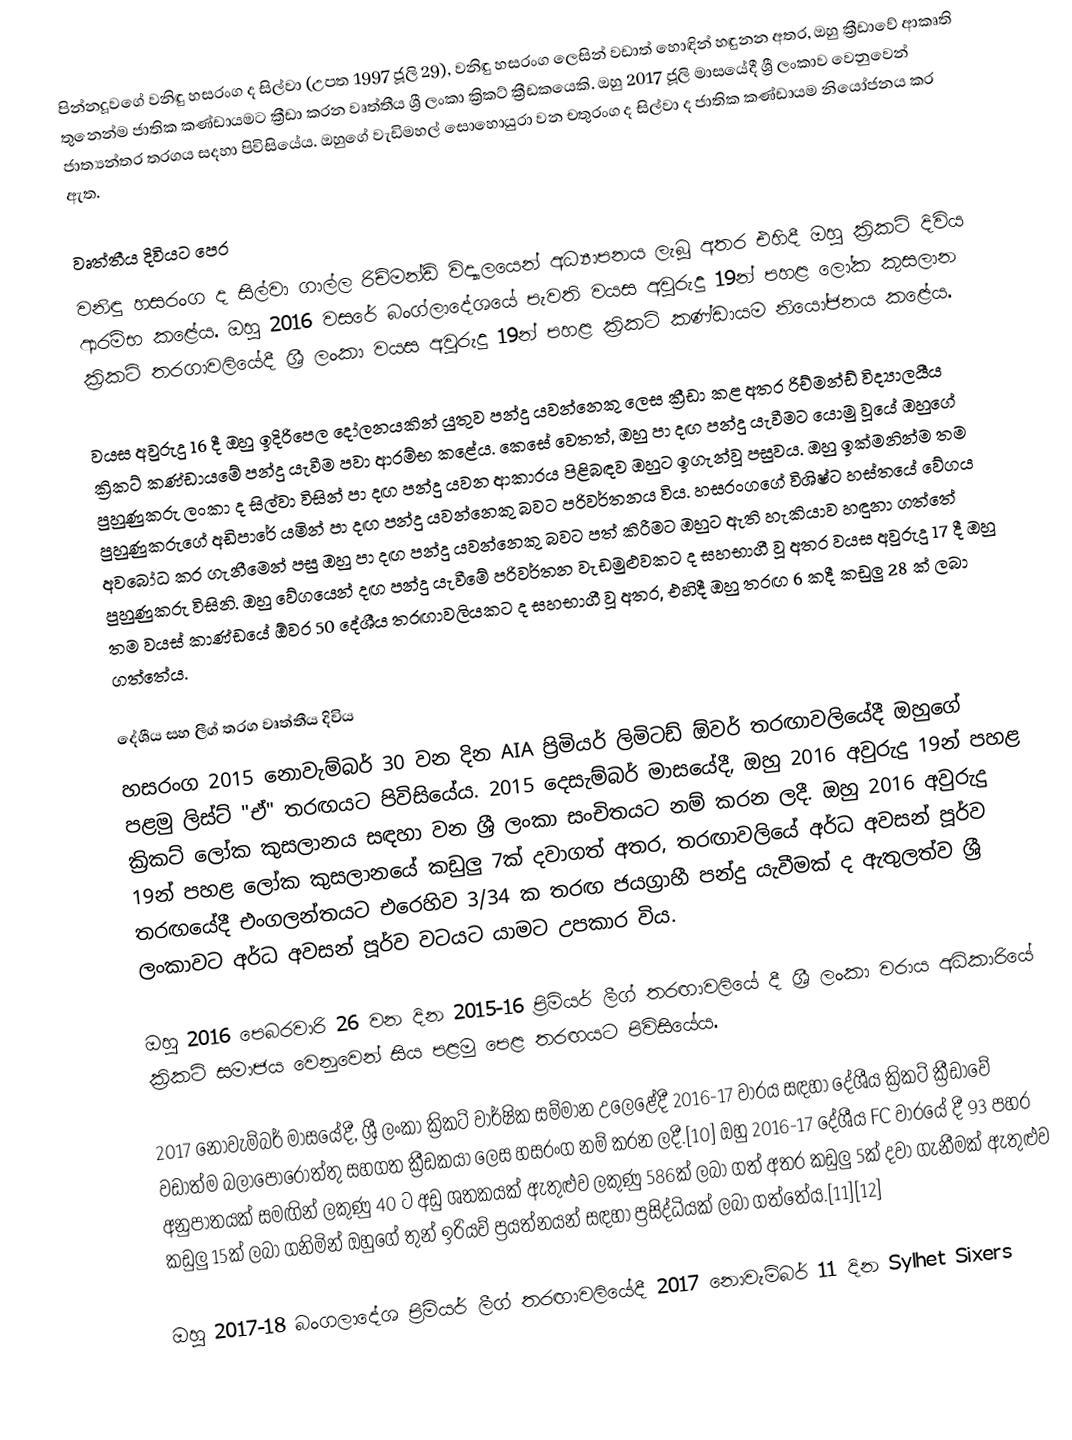
පින්නදූවගේ වනිඳු හසරංග ද සිල්වා (උපත 1997 ජූලි 29), වනිඳු හසරංග ලෙසින් වඩාත් හොඳින් හඳුනන අතර, ඔහු ක්‍රීඩාවේ ආකෘති තුනෙන්ම ජාතික කණ්ඩායමට ක්‍රීඩා කරන වෘත්තීය ශ්‍රී ලංකා ක්‍රිකට් ක්‍රීඩකයෙකි. ඔහු 2017 ජූලි මාසයේදී ශ්‍රී ලංකාව වෙනුවෙන් ජාත්‍යන්තර තරගය සදහා පිවිසියේය. ඔහුගේ වැඩිමහල් සොහොයුරා වන චතුරංග ද සිල්වා ද ජාතික කණ්ඩායම නියෝජනය කර ඇත.

වෘත්තීය දිවියට පෙර
වනිඳු හසරංග ද සිල්වා ගාල්ල රිච්මන්ඩ් විද්‍යාලයෙන් අධ්‍යාපනය ලැබූ අතර එහිදී ඔහු ක්‍රිකට් දිවිය ආරම්භ කළේය. ඔහු 2016 වසරේ බංග්ලාදේශයේ පැවති වයස අවුරුදු 19න් පහළ ලෝක කුසලාන ක්‍රිකට් තරගාවලියේදී ශ්‍රී ලංකා වයස අවුරුදු 19න් පහළ ක්‍රිකට් කණ්ඩායම නියෝජනය කළේය.

වයස අවුරුදු 16 දී ඔහු ඉදිරිපෙල දෝලනයකින් යුතුව පන්දු යවන්නෙකු ලෙස ක්‍රීඩා කළ අතර රිච්මන්ඩ් විද්‍යාලයීය ක්‍රිකට් කණ්ඩායමේ පන්දු යැවීම පවා ආරම්භ කළේය. කෙසේ වෙතත්, ඔහු පා දඟ පන්දු යැවීමට යොමු වූයේ ඔහුගේ පුහුණුකරු ලංකා ද සිල්වා විසින් පා දඟ පන්දු යවන ආකාරය පිළිබඳව ඔහුට ඉගැන්වූ පසුවය. ඔහු ඉක්මනින්ම තම පුහුණුකරුගේ අඩිපාරේ යමින් පා දඟ පන්දු යවන්නෙකු බවට පරිවර්තනය විය. හසරංගගේ විශිෂ්ට හස්තයේ වේගය අවබෝධ කර ගැනීමෙන් පසු ඔහු පා දඟ පන්දු යවන්නෙකු බවට පත් කිරීමට ඔහුට ඇති හැකියාව හඳුනා ගත්තේ පුහුණුකරු විසිනි. ඔහු වේගයෙන් දඟ පන්දු යැවීමේ පරිවර්තන වැඩමුළුවකට ද සහභාගී වූ අතර වයස අවුරුදු 17 දී ඔහු තම වයස් කාණ්ඩයේ ඕවර 50 දේශීය තරඟාවලියකට ද සහභාගී වූ අතර, එහිදී ඔහු තරඟ 6 කදී කඩුලු 28 ක් ලබා ගත්තේය.

දේශීය සහ ලීග් තරග වෘත්තීය දිවිය
හසරංග 2015 නොවැම්බර් 30 වන දින AIA ප්‍රිමියර් ලිමිටඩ් ඕවර් තරඟාවලියේදී ඔහුගේ පළමු ලිස්ට් "ඒ" තරඟයට පිවිසියේය. 2015 දෙසැම්බර් මාසයේදී, ඔහු 2016 අවුරුදු 19න් පහළ ක්‍රිකට් ලෝක කුසලානය සඳහා වන ශ්‍රී ලංකා සංචිතයට නම් කරන ලදී. ඔහු 2016 අවුරුදු 19න් පහළ ලෝක කුසලානයේ කඩුලු 7ක් දවාගත් අතර, තරඟාවලියේ අර්ධ අවසන් පූර්ව තරඟයේදී එංගලන්තයට එරෙහිව 3/34 ක තරඟ ජයග්‍රාහී පන්දු යැවීමක් ද ඇතුලත්ව ශ්‍රී ලංකාවට අර්ධ අවසන් පූර්ව වටයට යාමට උපකාර විය.

ඔහු 2016 පෙබරවාරි 26 වන දින 2015-16 ප්‍රිමියර් ලීග් තරඟාවලියේ දී ශ්‍රී ලංකා වරාය අධිකාරියේ ක්‍රිකට් සමාජය වෙනුවෙන් සිය පළමු පෙළ තරඟයට පිවිසියේය.

2017 නොවැම්බර් මාසයේදී, ශ්‍රී ලංකා ක්‍රිකට් වාර්ෂික සම්මාන උලෙළේදී 2016-17 වාරය සඳහා දේශීය ක්‍රිකට් ක්‍රීඩාවේ වඩාත්ම බලාපොරොත්තු සහගත ක්‍රීඩකයා ලෙස හසරංග නම් කරන ලදී.[10] ඔහු 2016-17 දේශීය FC වාරයේ දී 93 පහර අනුපාතයක් සමඟින් ලකුණු 40 ට අඩු ශතකයක් ඇතුළුව ලකුණු 586ක් ලබා ගත් අතර කඩුලු 5ක් දවා ගැනීමක් ඇතුළුව කඩුලු 15ක් ලබා ගනිමින් ඔහුගේ තුන් ඉරියව් ප්‍රයත්නයන් සඳහා ප්‍රසිද්ධියක් ලබා ගත්තේය.[11][12]

ඔහු 2017-18 බංගලාදේශ ප්‍රිමියර් ලීග් තරඟාවලියේදී 2017 නොවැම්බර් 11 දින Sylhet Sixers